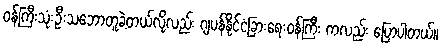
ဝန်ကြီးသုံးဦးသဘောတူခဲ့တယ်လို့လည်း ဂျပန်နိုင်ငံခြားရေးဝန်ကြီး ကလည်း ပြောပါတယ်။